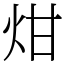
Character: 㶰